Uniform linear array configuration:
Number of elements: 64
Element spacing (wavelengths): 0.75
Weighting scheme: binomial
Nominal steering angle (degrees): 60
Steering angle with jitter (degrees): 60.28
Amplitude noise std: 0.05
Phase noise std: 0.05

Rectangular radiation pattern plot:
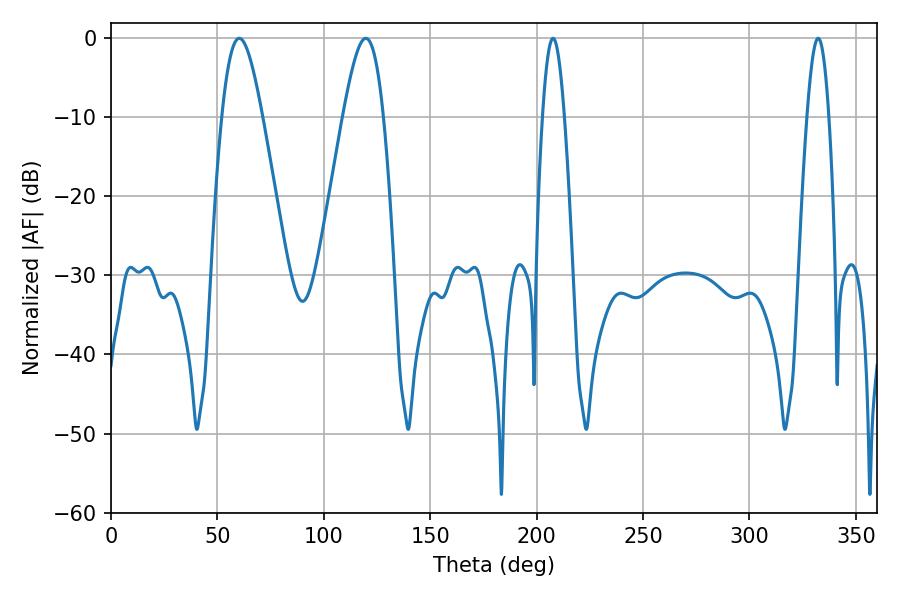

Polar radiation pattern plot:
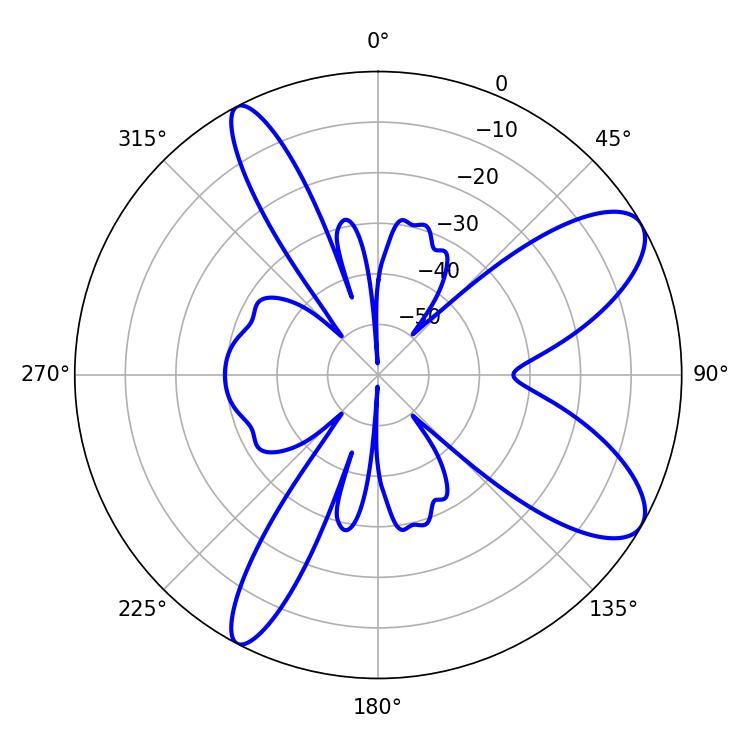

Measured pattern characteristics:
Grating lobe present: TRUE
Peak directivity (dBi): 9.193
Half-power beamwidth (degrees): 5.58
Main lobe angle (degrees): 207.72